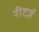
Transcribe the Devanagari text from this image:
रीटर्ज़